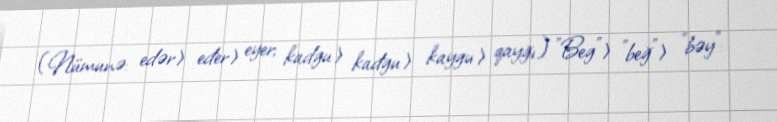
(Nümunə: edər> eđer> eyer; kadgu> kađgu> kaygu> qayğı) "Beg"> "beğ"> "bəy":